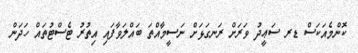
ކޮންމެއަކަސް ޑރ ސަޢީދު ވަރަށް ރަނގަޅަށް ނަސީމާއްތަ ބައްލަވާފައި އިތުރު ޓެސްޓުތައް ހަދަން